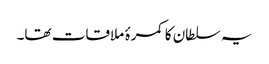
یہ سلطان کا کمرۂ ملاقات تھا۔